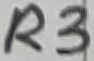
Text: R3